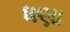
ધણા